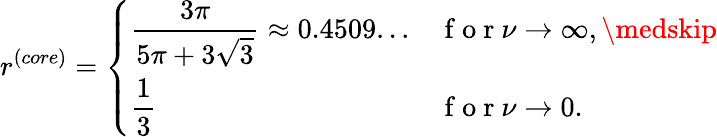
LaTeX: r^{(core)}=\left\{ \begin{array}{ll}{\displaystyle\frac{3\pi}{5\pi+3\sqrt{3}}\approx 0.4509...}&{\mathrm{~f~o~r~}\nu\to\infty,\medskip}\\ {\displaystyle\frac{1}{3}}&{\mathrm{~f~o~r~}\nu\to 0.}\end{array}\right.